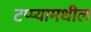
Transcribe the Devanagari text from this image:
टप्प्यामधील